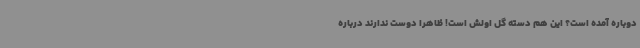
دوباره آمده است؟ این هم دسته گل اولش است! ظاهرا دوست ندارند درباره